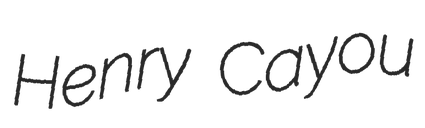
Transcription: Henry Cayou